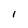
Character: I